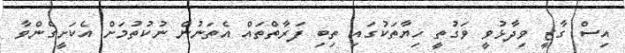
އިސް ގާޒީ ވިދާޅުވީ ވަގުތީ ހިޔާތަކުގައި ތިބި ފަރާތްތައް އެތަނުން ނުކުތުމަށް އެކަށީގެންވާ